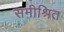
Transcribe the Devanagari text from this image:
समीश्रित